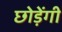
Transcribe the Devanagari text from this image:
छोड़ेंगी